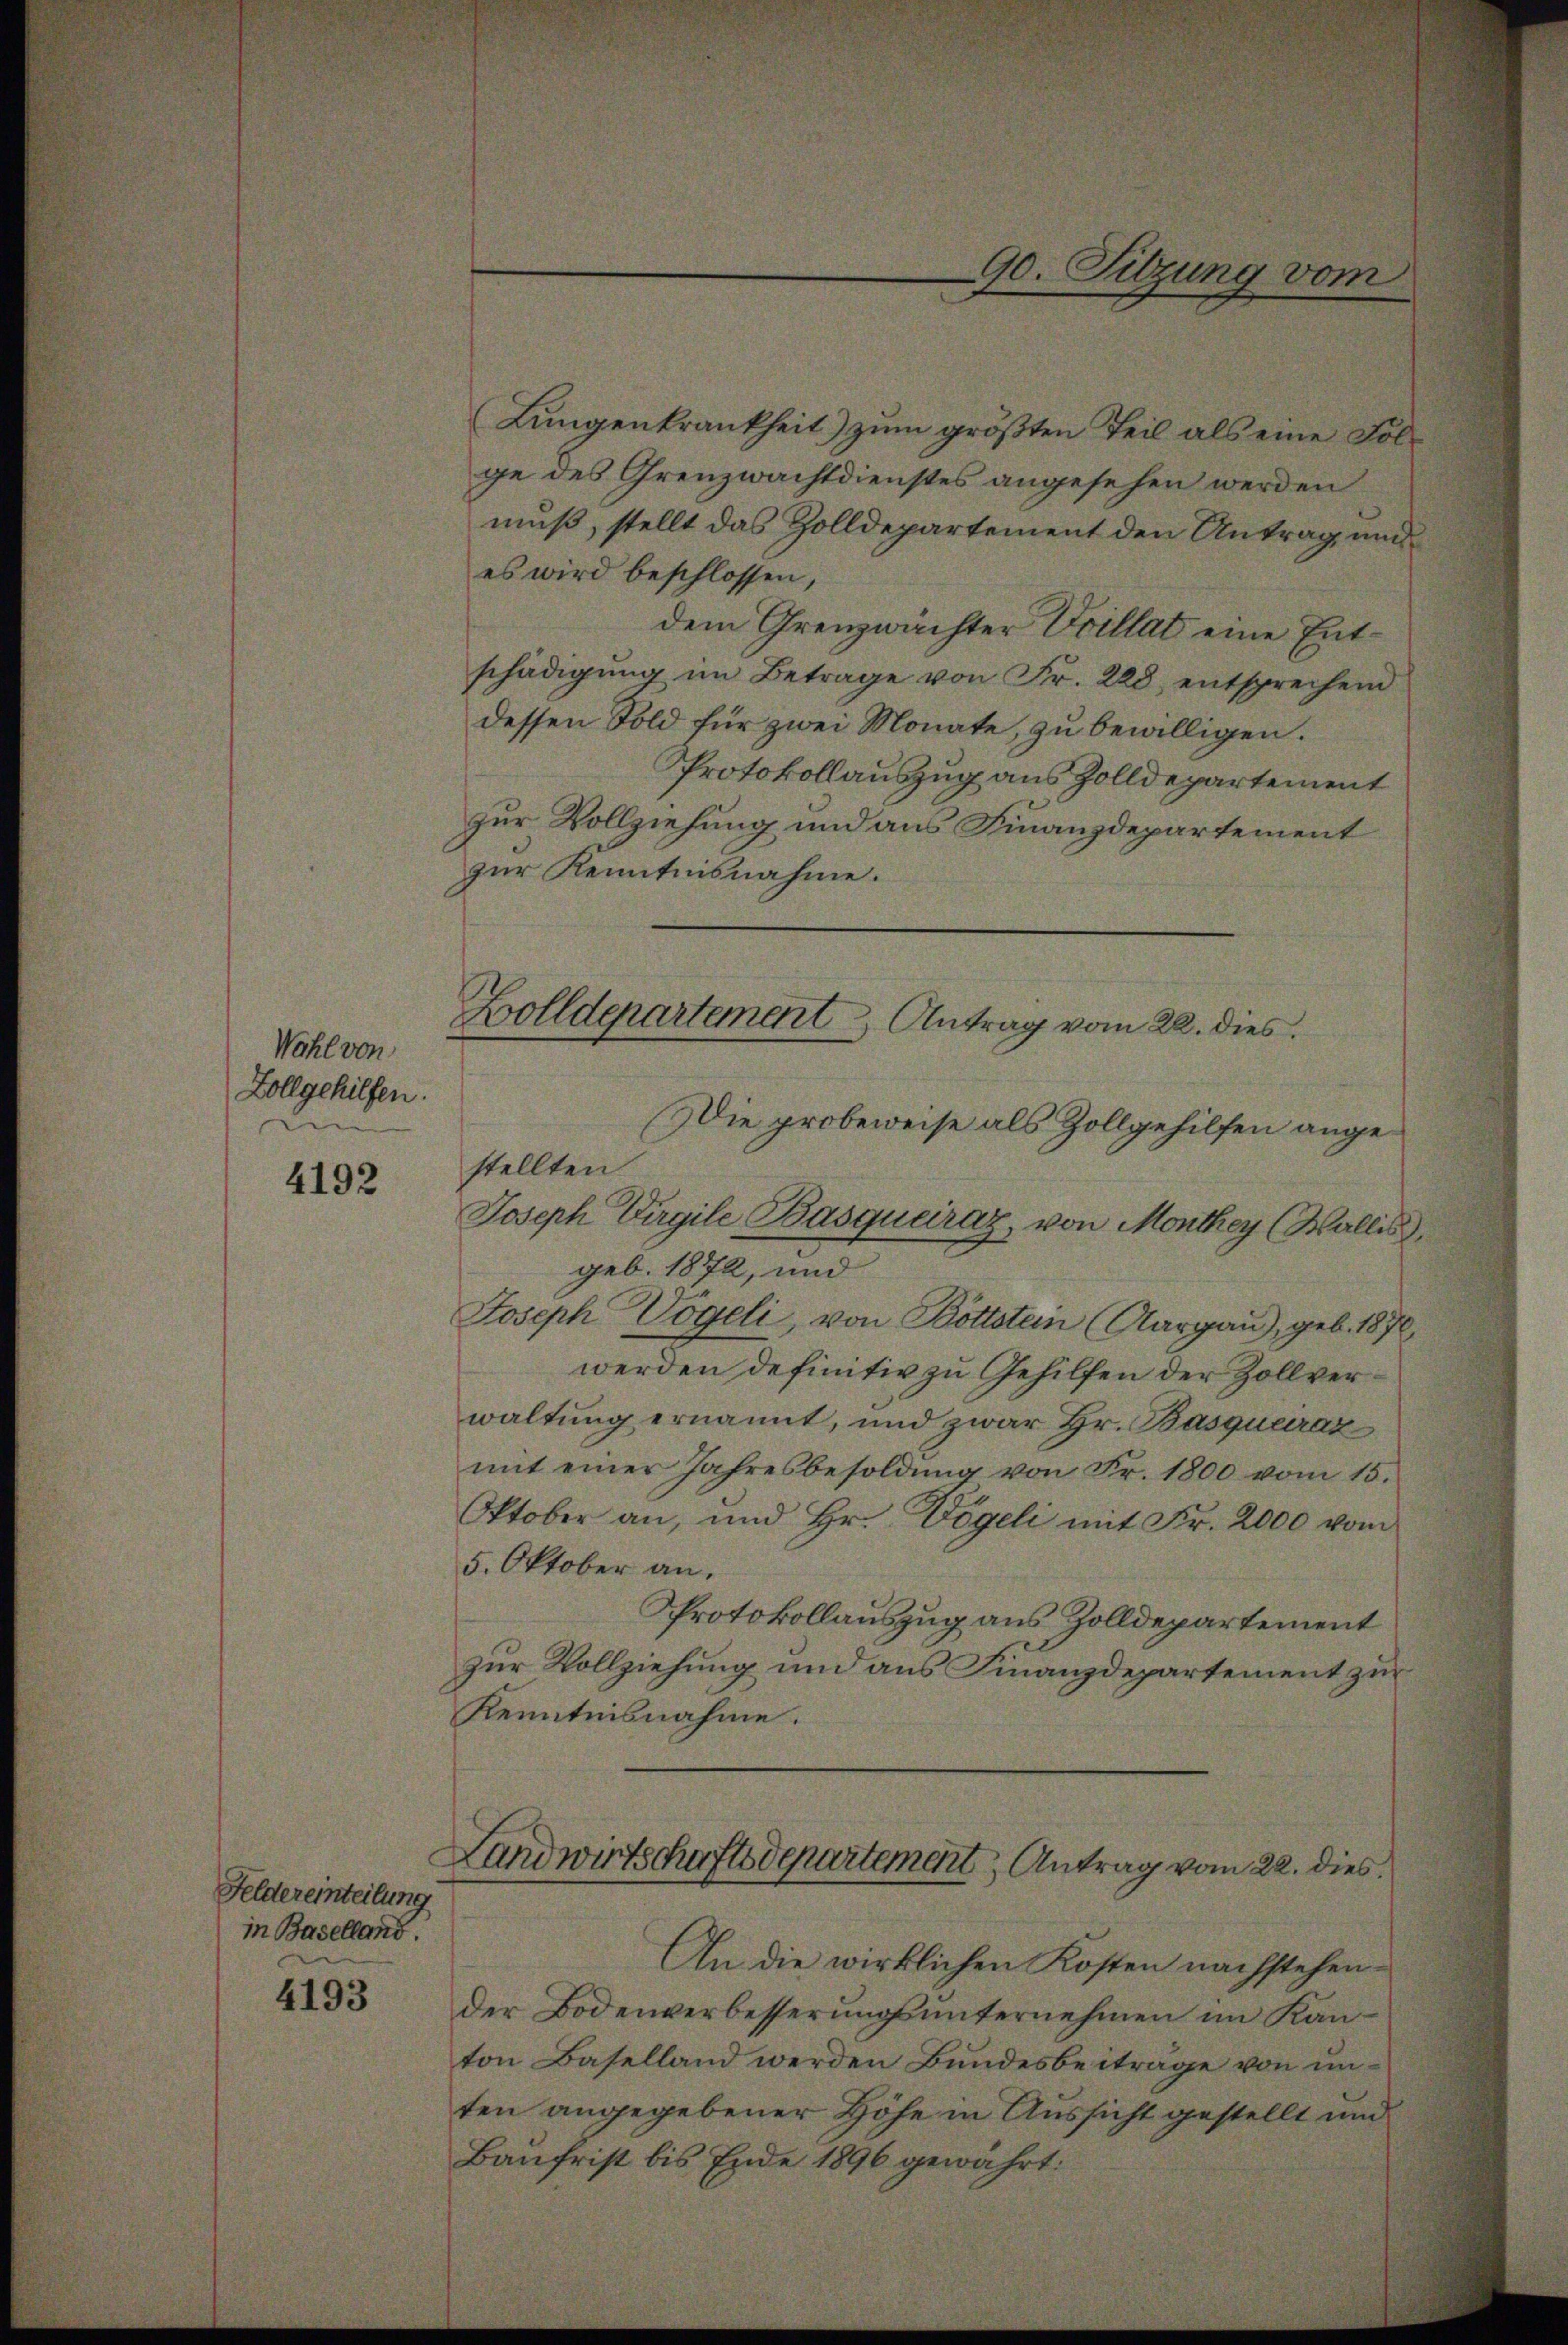
Wahl von
Zollgehilfen.

4192

Feldereinteilung
in Baselland.

4193

Lungenkrankheit) zum größten Teil als eine Folge des Grenzwachtdienstes angesehen werden
muß, stellt das Zolldepartement den Antrag und
es wird beschlossen,
dem Grenzwächter Villat eine Entschädigŭng im Betrage von Fr. 228, entsprechend
dessen Fold für zwei Monate, zu bewilligen.
Protokollauszug aus Zolldepartement
zur Vollziehung und aus Finanzdepartement
zur Kenntnisnahme.

geb. 1872, und
Joseph Vögeli, von Böttstein (Aargau), geb. 1870
werden definitiv zu Gehilfen der Zollverwaltung ernannt, und zwar Hr. Basqueraz
mit einer Jahresbesoldung von Fr. 1800 vom 15.
Oktober an, und Hr. Vögeli mit Fr. 2000 vom
5. Oktober an.
Protokollauszug aus Zolldepartement
zur Vollziehung und aus Finanzdepartement zur
Kenntnisnahme.

Zolldepartement Antrag vom 22. dies
Die probeweise als Zollgehilfen angestellten

Joseph Virgile Basquciraz, von Monthey (Wallis,

90. Sitzung vom

Landwirtschaftsdepartement, Antrag vom 22. dies

An die wirklichen Kosten nachstehender Bodenverbesserungsunternehmen im Kanton Baselland werden Bundesbeitrage von unten angegebener Höhe in Aussicht gestellt und
Baufrist bis Ende 1896 gewährt: